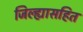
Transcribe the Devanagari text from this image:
जिल्ह्यासहित